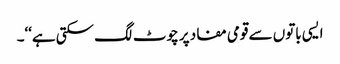
ایسی باتوں سے قومی مفاد پر چوٹ لگ سکتی ہے‘‘۔